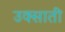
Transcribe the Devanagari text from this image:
उक्साती